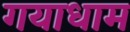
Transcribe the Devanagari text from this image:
गयाधाम